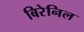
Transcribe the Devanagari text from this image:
बिरेनिल